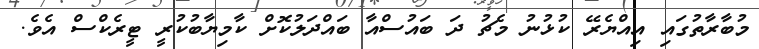
މުބާރާތުގައި އިއްޔެރޭ ކުޅުނު މެޗު ދަ ބައުސްއާ ބައްދަލުކޮށް ކާމިޔާބުކުރީ ޓީރެކްސް އެވެ.